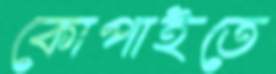
কোপাইতে